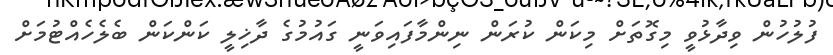
ފުލުހުން ވިދާޅުވީ މިގޮތަށް މިކަން ކުރަން ނިންމާފައިވަނީ ގައުމުގެ ދާޚިލީ ކަންކަން ބެލެހެއްޓުމަށް